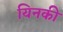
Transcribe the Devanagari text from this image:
यिनकी